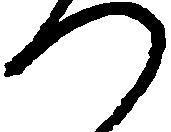
つ